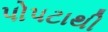
પોપટાથી